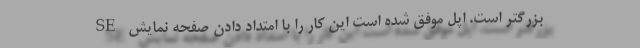
SE بزرگتر است. اپل موفق شده است این کار را با امتداد دادن صفحه نمایش